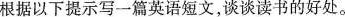
根据以下提示写一篇英语短文，谈谈读书的好处。